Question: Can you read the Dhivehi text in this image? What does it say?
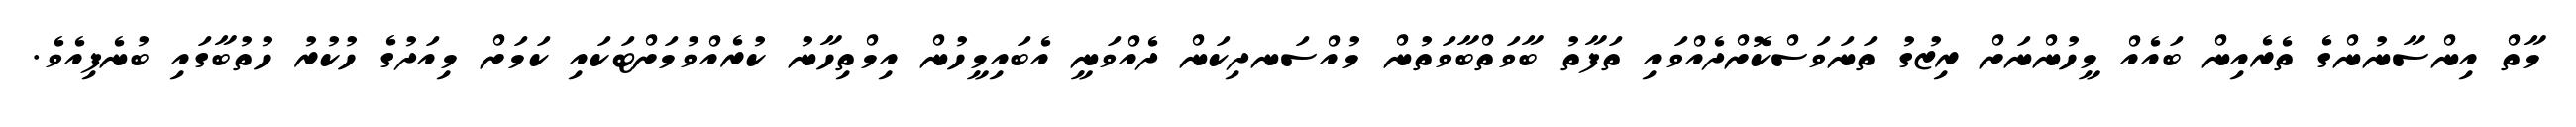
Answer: މާތް އިންސާނުންގެ ތެރެއިން ބައެއް މީހުންނަށް ރިޒުގު ތަނަވަސްކޮށްދެއްވައި ތަފާތު ބާވަތްބާވަތުން މުއްސަނދިކަން ދެއްވަނީ އެބައިމީހުން އިމްތިހާނު ކުރެއްވުމަށްޓަކައި ކަމަށް މިއަދުގެ ހުކުރު ހުތުބާގައި ބުނެފިއެވެ.